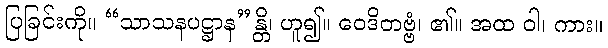
ပြခြင်းကို။ “သာသနပဋ္ဌာန”န္တိ၊ ဟူ၍။ ဝေဒိတဗ္ဗံ၊ ၏။ အထ ဝါ၊ ကား။